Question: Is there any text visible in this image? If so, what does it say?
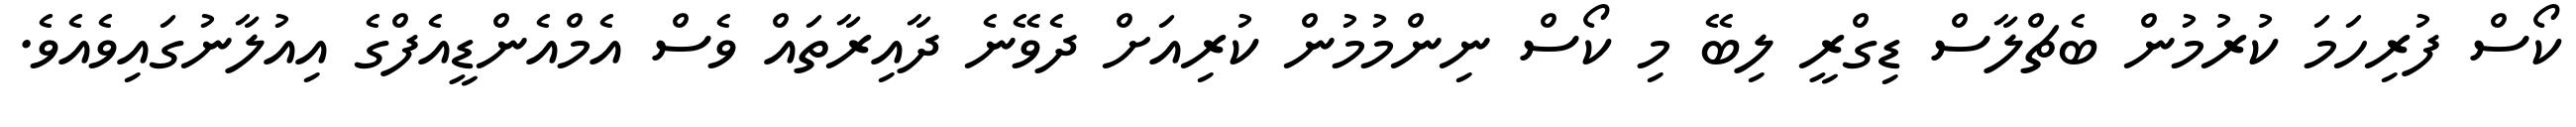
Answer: ކޯސް ފުރިހަމަ ކުރުމުން ބެޗްލާސް ޑިގްރީ ލިބޭ މި ކޯސް ނިންމުމުން ކުރިއަށް ދެވޭނެ ދާއިރާތައް ވެސް އެމްއެންޑީއެފްގެ އިއުލާނުގައިވެއެވެ.